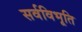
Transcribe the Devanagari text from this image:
सर्वविभूति